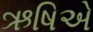
ઋષિએ